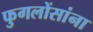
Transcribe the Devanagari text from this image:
फुगलोंसांना